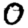
Digit: 0